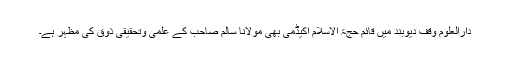
دارالعلوم وقف دیوبند میں قائم حجۃ الاسلام اکیڈمی بھی مولانا سالم صاحبؒ کے علمی وتحقیقی ذوق کی مظہر ہے۔